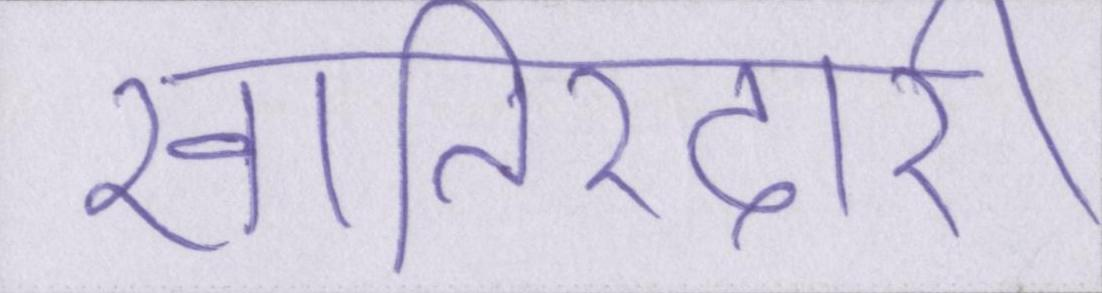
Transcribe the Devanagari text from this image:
खातिरदारी